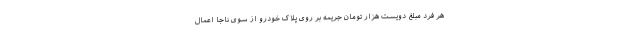
هر فرد مبلغ دویست هزار تومان جریمه بر روی پلاک خودرو از سوی ناجا اعمال